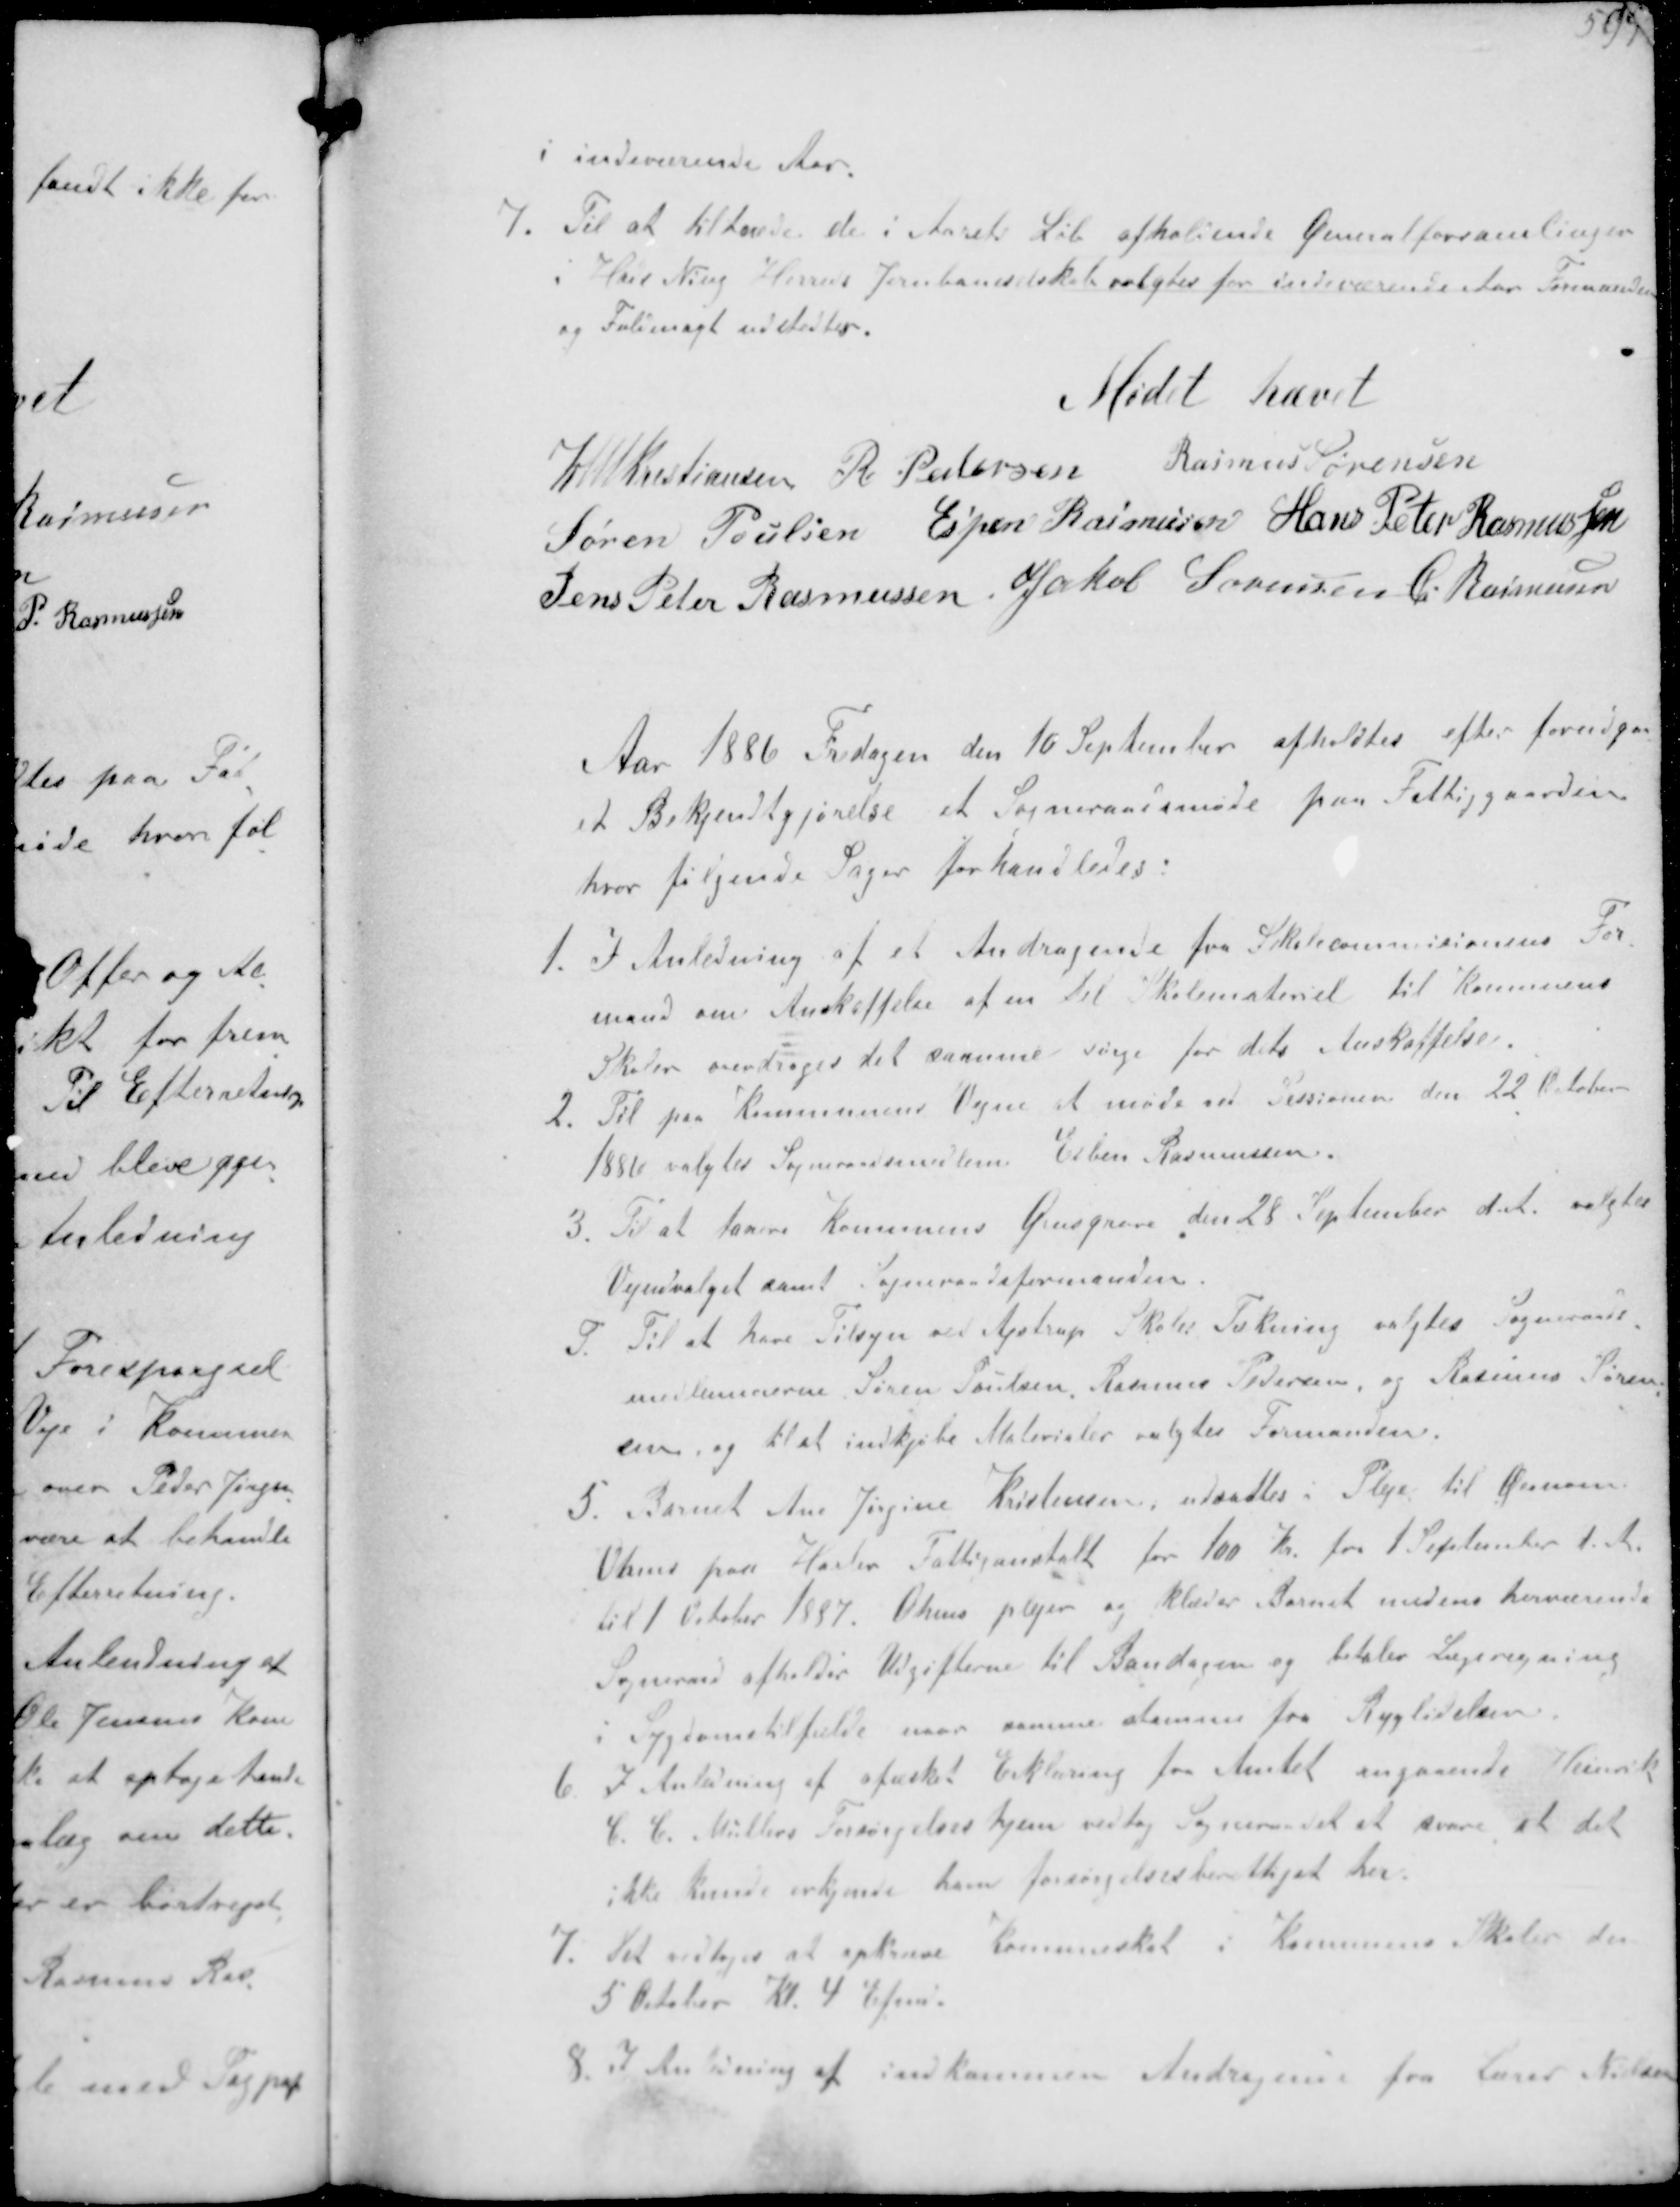
Transskription:
i indeværende Aar.
1. Til at tiltræde de i Aarets Løb afholdende Generalforsamlingen
i Hads Ning Herreds Jernbaneselskab valgtes for indeværende Aar Formanden
og Fuldmagt udstedtes.
Mødet hævet
K N M Kristiansen R Pedersen Rasmus Sørensen
Søren Poulsen Espen Rasmussen Hans Peter Rasmussen
Jens Peter Rasmussen Jakob Sørensen C Rasmussen
Aar 1886 Fredagen den 16 September afholdtes efter forudgaa-
et Bekjendtgørelse et Sogneraadsmøde paa Fattiggaarden
hvor følgende Sager forhandledes:
1. I Anledning af et Andragende fra Skolekommisionens For-
mand om Ansættelse af en til Skolemateriel til Kommunens
Skoler overdrages til samme sørge for dets Anskattelse
2. Til paa Kommunens Vegne at møde ved Sessionen den 22 Oktober
1886 valgtes Sogneraadsmedlem Espen Rasmussen
3. Til at tarere Kommunens Grusgrave den 28 September d.A. valgtes
Vejudvalget samt Sogneraadsformanden
4. Til at have Tilsyn ved Ajstrup Skoles Tækning valgtes Sogneraads-
medlemmerne Søren Poulsen Rasmus Pedersen og Rasmus Søren-
sen og til at indkjøbe Materialer valgtes Formanden.
5. Barnet Ane Jørgine Kristensen udsattes i Pleje til 
 paa Harlev Fattiganstalt for 100 Kr fra 1 September d.A.
til 1 Oktober 1887.  pleje og klæder Barnet medens herværende
Sogneraad afholder Udgifterne til Bandagen og betale Lægeregning
i Sygdomstilfælde naar samme stammer fra Ryglidelsen.
6. I Anledning af afæsket Erklæring fra Amtet angaaende Henrik
C C  Møllers Forsørgelseshjem vedtog Sogneraadet at svare at det
ikke kunde erkjende ham forsørgelsesberettiget her.
7. Det vedtoges at opkræve Kommuneskat i Kommunens Skoler den
5 October Kl 4 Efmd
8. I Anledning af indkommen Andragende fra Lærer Nielsen